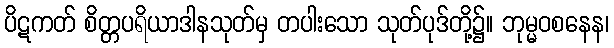
ပိဋကတ် စိတ္တပရိယာဒါနသုတ်မှ တပါးသော သုတ်ပုဒ်တို့၌။ ဘုမ္မဝစနေန၊